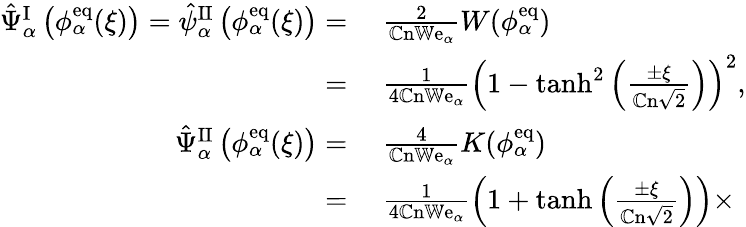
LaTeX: \begin{array}{rl}{\hat{\Psi}_{\alpha}^{\mathrm{I}}\left(\phi_{\alpha}^{\mathrm{eq}}(\xi)\right)=\hat{\psi}_{\alpha}^{\mathrm{II}}\left(\phi_{\alpha}^{\mathrm{eq}}(\xi)\right)=}&{{}~\frac{2}{\mathbb{C}\mathrm{n}\mathbb{W}\mathrm{e}_{\alpha}}W(\phi_{\alpha}^{\mathrm{eq}})}\\ {=}&{{}~\frac{1}{4\mathbb{C}\mathrm{n}\mathbb{W}\mathrm{e}_{\alpha}}\left(1-\operatorname{tanh}^{2}\left(\frac{\pm\xi}{\mathbb{C}\mathrm{n}\sqrt{2}}\right)\right)^{2},}\\ {\hat{\Psi}_{\alpha}^{\mathrm{II}}\left(\phi_{\alpha}^{\mathrm{eq}}(\xi)\right)=}&{{}~\frac{4}{\mathbb{C}\mathrm{n}\mathbb{W}\mathrm{e}_{\alpha}}K(\phi_{\alpha}^{\mathrm{eq}})}\\ {=}&{{}~\frac{1}{4\mathbb{C}\mathrm{n}\mathbb{W}\mathrm{e}_{\alpha}}\left(1+\operatorname{tanh}\left(\frac{\pm\xi}{\mathbb{C}\mathrm{n}\sqrt{2}}\right)\right)\times}\end{array}